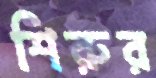
শিরুর